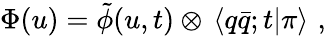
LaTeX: \Phi(u)=\tilde{\phi}(u,t)\otimes\, \left<q\bar{q};t|\pi\right>\, \, ,